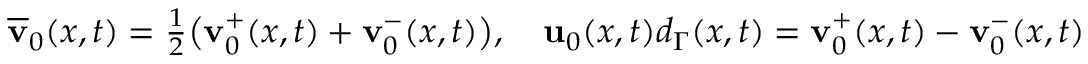
\begin{array} { r } { \overline { { \mathbf { v } } } _ { 0 } ( x , t ) = \frac { 1 } { 2 } \big ( \mathbf { v } _ { 0 } ^ { + } ( x , t ) + \mathbf { v } _ { 0 } ^ { - } ( x , t ) \big ) , \quad \mathbf { u } _ { 0 } ( x , t ) d _ { \Gamma } ( x , t ) = \mathbf { v } _ { 0 } ^ { + } ( x , t ) - \mathbf { v } _ { 0 } ^ { - } ( x , t ) } \end{array}